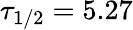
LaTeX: \tau_{1/2}=5.27